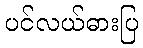
ပင်လယ်ဓားပြ